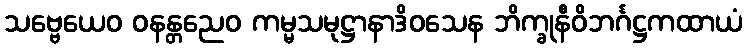
သဗ္ဗေယေဝ ဝနန္တညေဝ ကမ္မသမုဋ္ဌာနာဒိဝသေန ဘိက္ခုနီဝိဘင်္ဂဋ္ဌကထာယံ